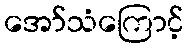
အော်သံကြောင့်